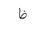
Letter: _za